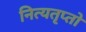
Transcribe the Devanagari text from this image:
नित्यतृप्तो